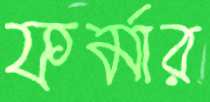
ফর্মার